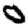
Digit: 0